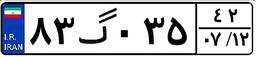
۶۸گ۵۵۵۹۴